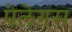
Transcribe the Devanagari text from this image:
पेलेगस